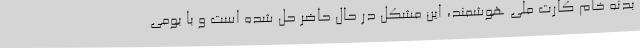
بدنه خام کارت ملی هوشمند، این مشکل در حال حاضر حل شده است و با بومی